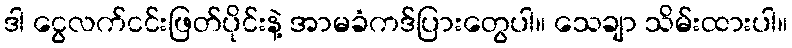
ဒါ ငွေလက်ငင်းဖြတ်ပိုင်းနဲ့ အာမခံကဒ်ပြားတွေပါ။ သေချာ သိမ်းထားပါ။